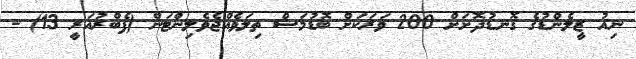
ނިއު ޒީލެންޑުގެ ގޮނޑުދޮށަށް 200 ވަރަކަށް ބޮޑުމަސް ތިލަވެއްޖެވެލިންޓަން (ފެބްރުއަރީ 13) -